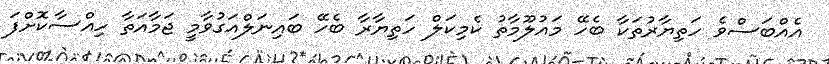
އެއްބަސްވެ ހަތިޔާރުތަކާ ބެހޭ މައުލޫމާތު ކެމިކަލް ހަތިޔާރާ ބެހޭ ބައިނަލްއަގުވާމީ ޖަމާއަތާ ހިއްސާކޮށްފަ